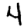
Digit: 4